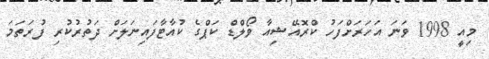
މިއީ 1998 ވަނަ އަހަރަށްފަހު ކްރޮއޭޝިއާ ވޯލްޑް ކަޕްގެ ކުއާޓާފައިނަލަށް ދަތުރުކުރި ފުރަތަމަ